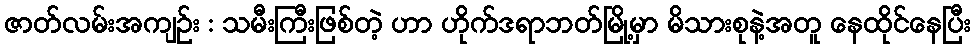
ဇာတ်လမ်းအကျဉ်း : သမီးကြီးဖြစ်တဲ့ ဟာ ဟိုက်ဒရာဘတ်မြို့မှာ မိသားစုနဲ့အတူ နေထိုင်နေပြီး